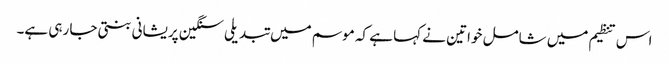
اس تنظیم میں شامل خواتین نے کہا ہے کہ موسم میں تبدیلی سنگین پریشانی بنتی جا رہی ہے۔